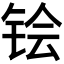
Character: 𬭇